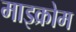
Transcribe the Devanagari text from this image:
माइक्रोम